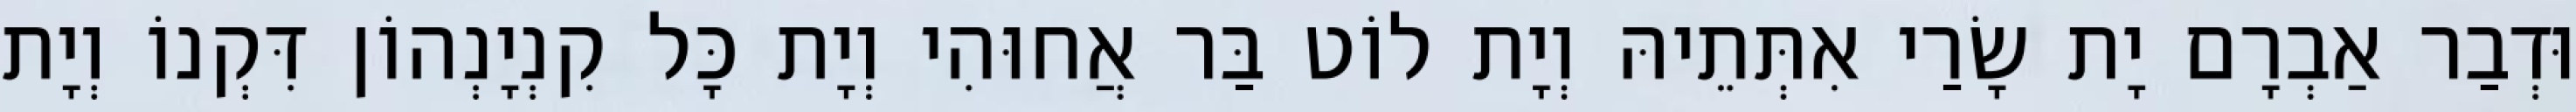
וּדְבַר אַבְרָם יָת שָׂרַי אִתְּתֵיהּ וְיָת לוֹט בַּר אֲחוּהִי וְיָת כָּל קִנְיָנְהוֹן דִּקְנוֹ וְיָת